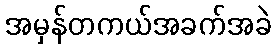
အမှန်တကယ်အခက်အခဲ